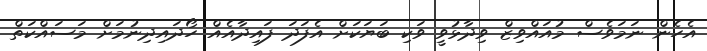
އެހެން ނަމަވެސް މުއައްވިޒް ވިދާޅުވީ ވަކި ބަޔަކަށް އެފަދަ ފައިދާއެއް ހޯދައިދިނުމަށް މަސައްކަތް